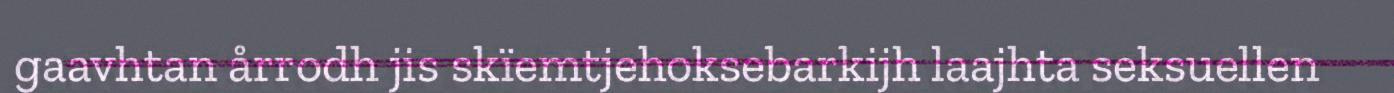
gaavhtan årrodh jis skïemtjehoksebarkijh laajhta seksuellen